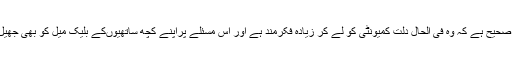
ویسے یہ صحیح ہے کہ وہ فی الحال دلت کمیونٹی کو لے کر زیادہ فکرمند ہے اور اس مسئلے پراپنے کچھ ساتھیوںکے بلیک میل کو بھی جھیل رہی ہے۔